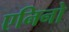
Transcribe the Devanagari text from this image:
एनिनो